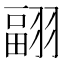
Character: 𦑭